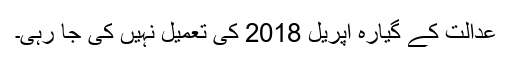
عدالت کے گیارہ اپریل 2018 کی تعمیل نہیں کی جا رہی۔